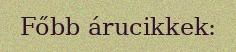
Főbb árucikkek: